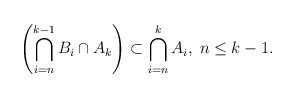
\begin{align*}\left( \bigcap_{i=n}^{k-1}B_i\cap A_k \right)\subset \bigcap_{i=n}^{k}A_i, \; n\leq k-1.\end{align*}